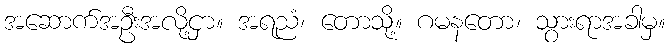
အဆောက်အဦးအလို့ငှာ။ အရညံ၊ တောသို့။ ဂမနတော၊ သွားရာအခါမှ။